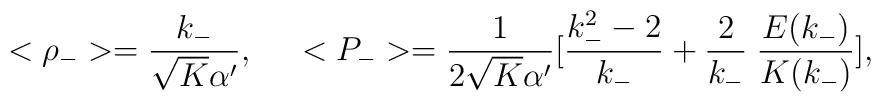
<\rho_->=\frac{k_-}{\sqrt{K}\alpha'},\;\;\;\;\;<P_->=\frac{1}{2\sqrt{K}\alpha'}[\frac{k_-^2-2}{k_-}+\frac{2}{k_-}\;\frac{E(k_-)}{K(k_-)}],